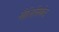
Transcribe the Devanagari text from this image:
सैलिसिकेट